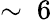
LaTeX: \sim~6